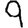
Digit: 9